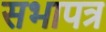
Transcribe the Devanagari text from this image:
सभापत्र